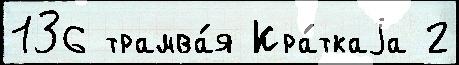
136 трамва́я Кра́ткаjа 2